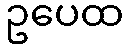
ဥပေထ